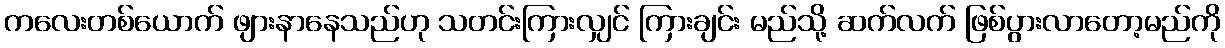
ကလေးတစ်ယောက် ဖျားနာနေသည်ဟု သတင်းကြားလျှင် ကြားချင်း မည်သို့ ဆက်လက် ဖြစ်ပွားလာတော့မည်ကို